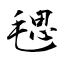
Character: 毸